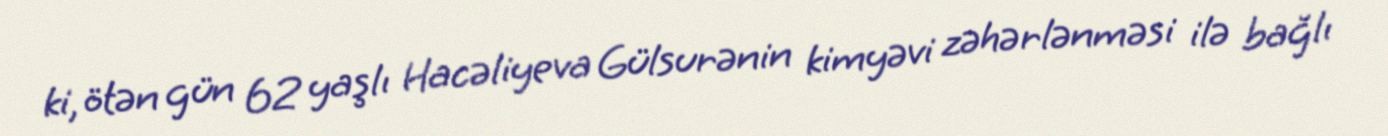
ki, ötən gün 62 yaşlı Hacəliyeva Gülsurənin kimyəvi zəhərlənməsi ilə bağlı